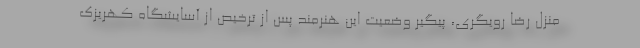
منزل رضا رویگری، پیگیر وضعیت این هنرمند پس از ترخیص از آسایشگاه کهریزک